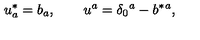
u _ { a } ^ { * } = b _ { a } , \qquad u ^ { a } = \delta _ { 0 } { } ^ { a } - b ^ { * } { } ^ { a } ,